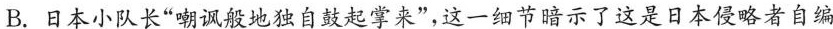
B.日本小队长“嘲讽般地独自鼓起掌来”,这一细节暗示了这是日本侵略者自编